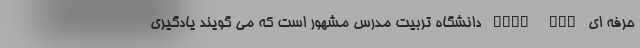
حرفه اي Post DBA دانشگاه تربيت مدرس مشهور است که می گویند یادگیری